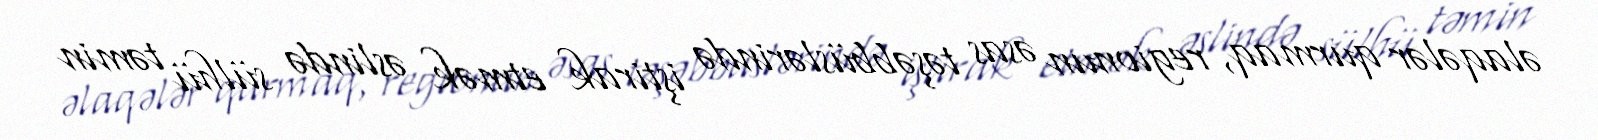
əlaqələr qurmaq, regionun əsas təşəbbüslərində iştirak etmək əslində sülhü təmin